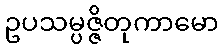
ဥပသမ္ပဇ္ဇိတုကာမော